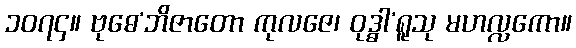
၁၀၇၄။ ဗုဓေ’ဘိဇာတော ကုလဇေ၊ ဝုဒ္ဓါ’ရူသု မဟလ္လကော။